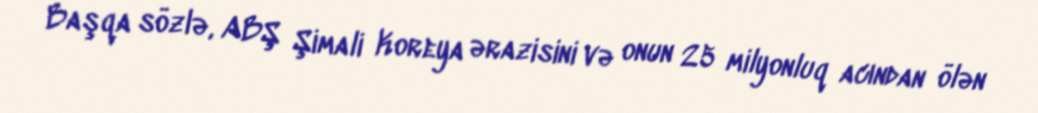
Başqa sözlə, ABŞ Şimali Koreya ərazisini və onun 25 milyonluq acından ölən